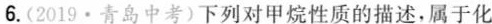
6.(2019·青岛中考)下列对甲烷性质的描述，属于化